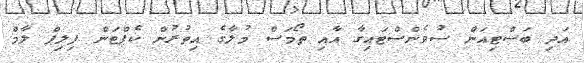
އަދި ބަސްޓިއަން ސުވެންސްޓައިގާ އާއި ތޯމަސް މުލާގެ އިތުރުން ކެޕްޓަން ފިލިޕް ލާމް